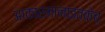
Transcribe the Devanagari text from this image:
आकारमानाइतकेच